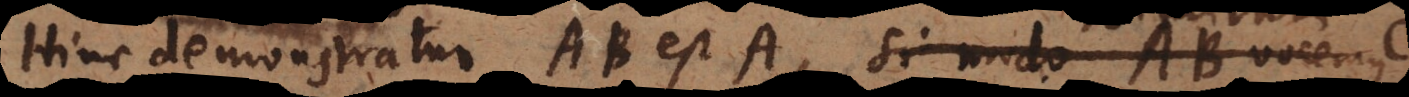
Hinc demonstratur AB est A, nimirum AB voc